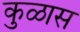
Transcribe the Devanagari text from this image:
कुळास